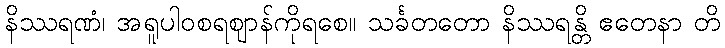
နိဿရဏံ၊ အရူပါဝစရဈာန်ကိုရစေ။ သင်္ခတတော နိဿရန္တိ ဧတေနာ တိ